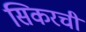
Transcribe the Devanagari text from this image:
सिकरची